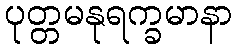
ပုတ္တမနုရက္ခမာနာ